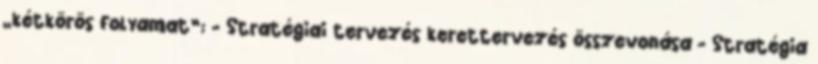
„kétkörös folyamat”: - Stratégiai tervezés kerettervezés összevonása - Stratégia